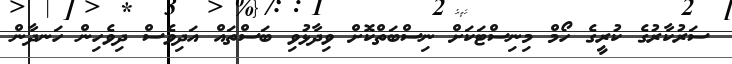
ސަރުކާރުގެ ކުރީގެ ހޯމް މިނިސްޓަކަށް ނިސްބަތްކޮށް ވިދާޅުވި ބަސްތައް އަދިވެސް ދިވެހިން ހަނދާން